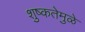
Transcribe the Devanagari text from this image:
शुष्कतेमुळे